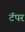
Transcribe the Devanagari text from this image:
टॅपर